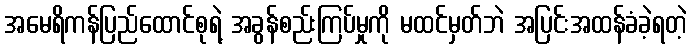
အမေရိကန်ပြည်ထောင်စုရဲ့ အခွန်စည်းကြပ်မှုကို မထင်မှတ်ဘဲ အပြင်းအထန်ခံခဲ့ရတဲ့